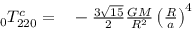
\begin{array} { r l } { \phantom { } _ { 0 } T _ { 2 2 0 } ^ { c } = } & { { } - \frac { 3 \sqrt { 1 5 } } { 2 } \frac { G M } { R ^ { 2 } } \left( \frac { R } { a } \right) ^ { 4 } } \end{array}